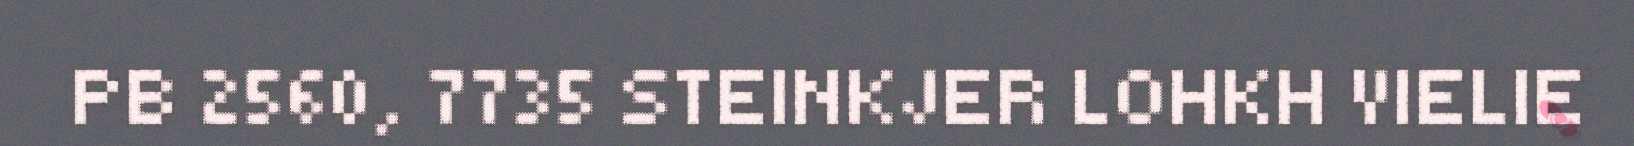
PB 2560, 7735 STEINKJER LOHKH VIELIE